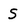
Character: S